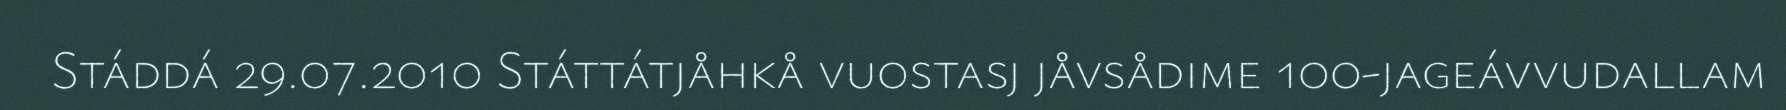
Stáddá 29.07.2010 Státtátjåhkå vuostasj jåvsådime 100-jageávvudallam